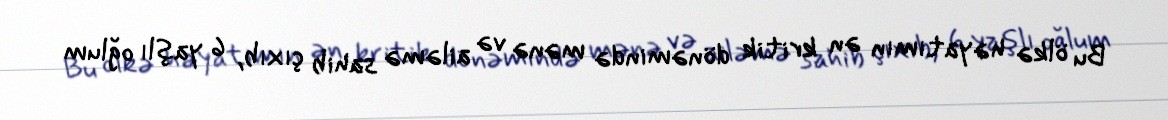
Bu ölkə həyatımın ən kritik dönəmində mənə və ailəmə sahib çıxıb, 6 yaşlı oğlum